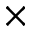
\times